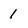
Character: 1